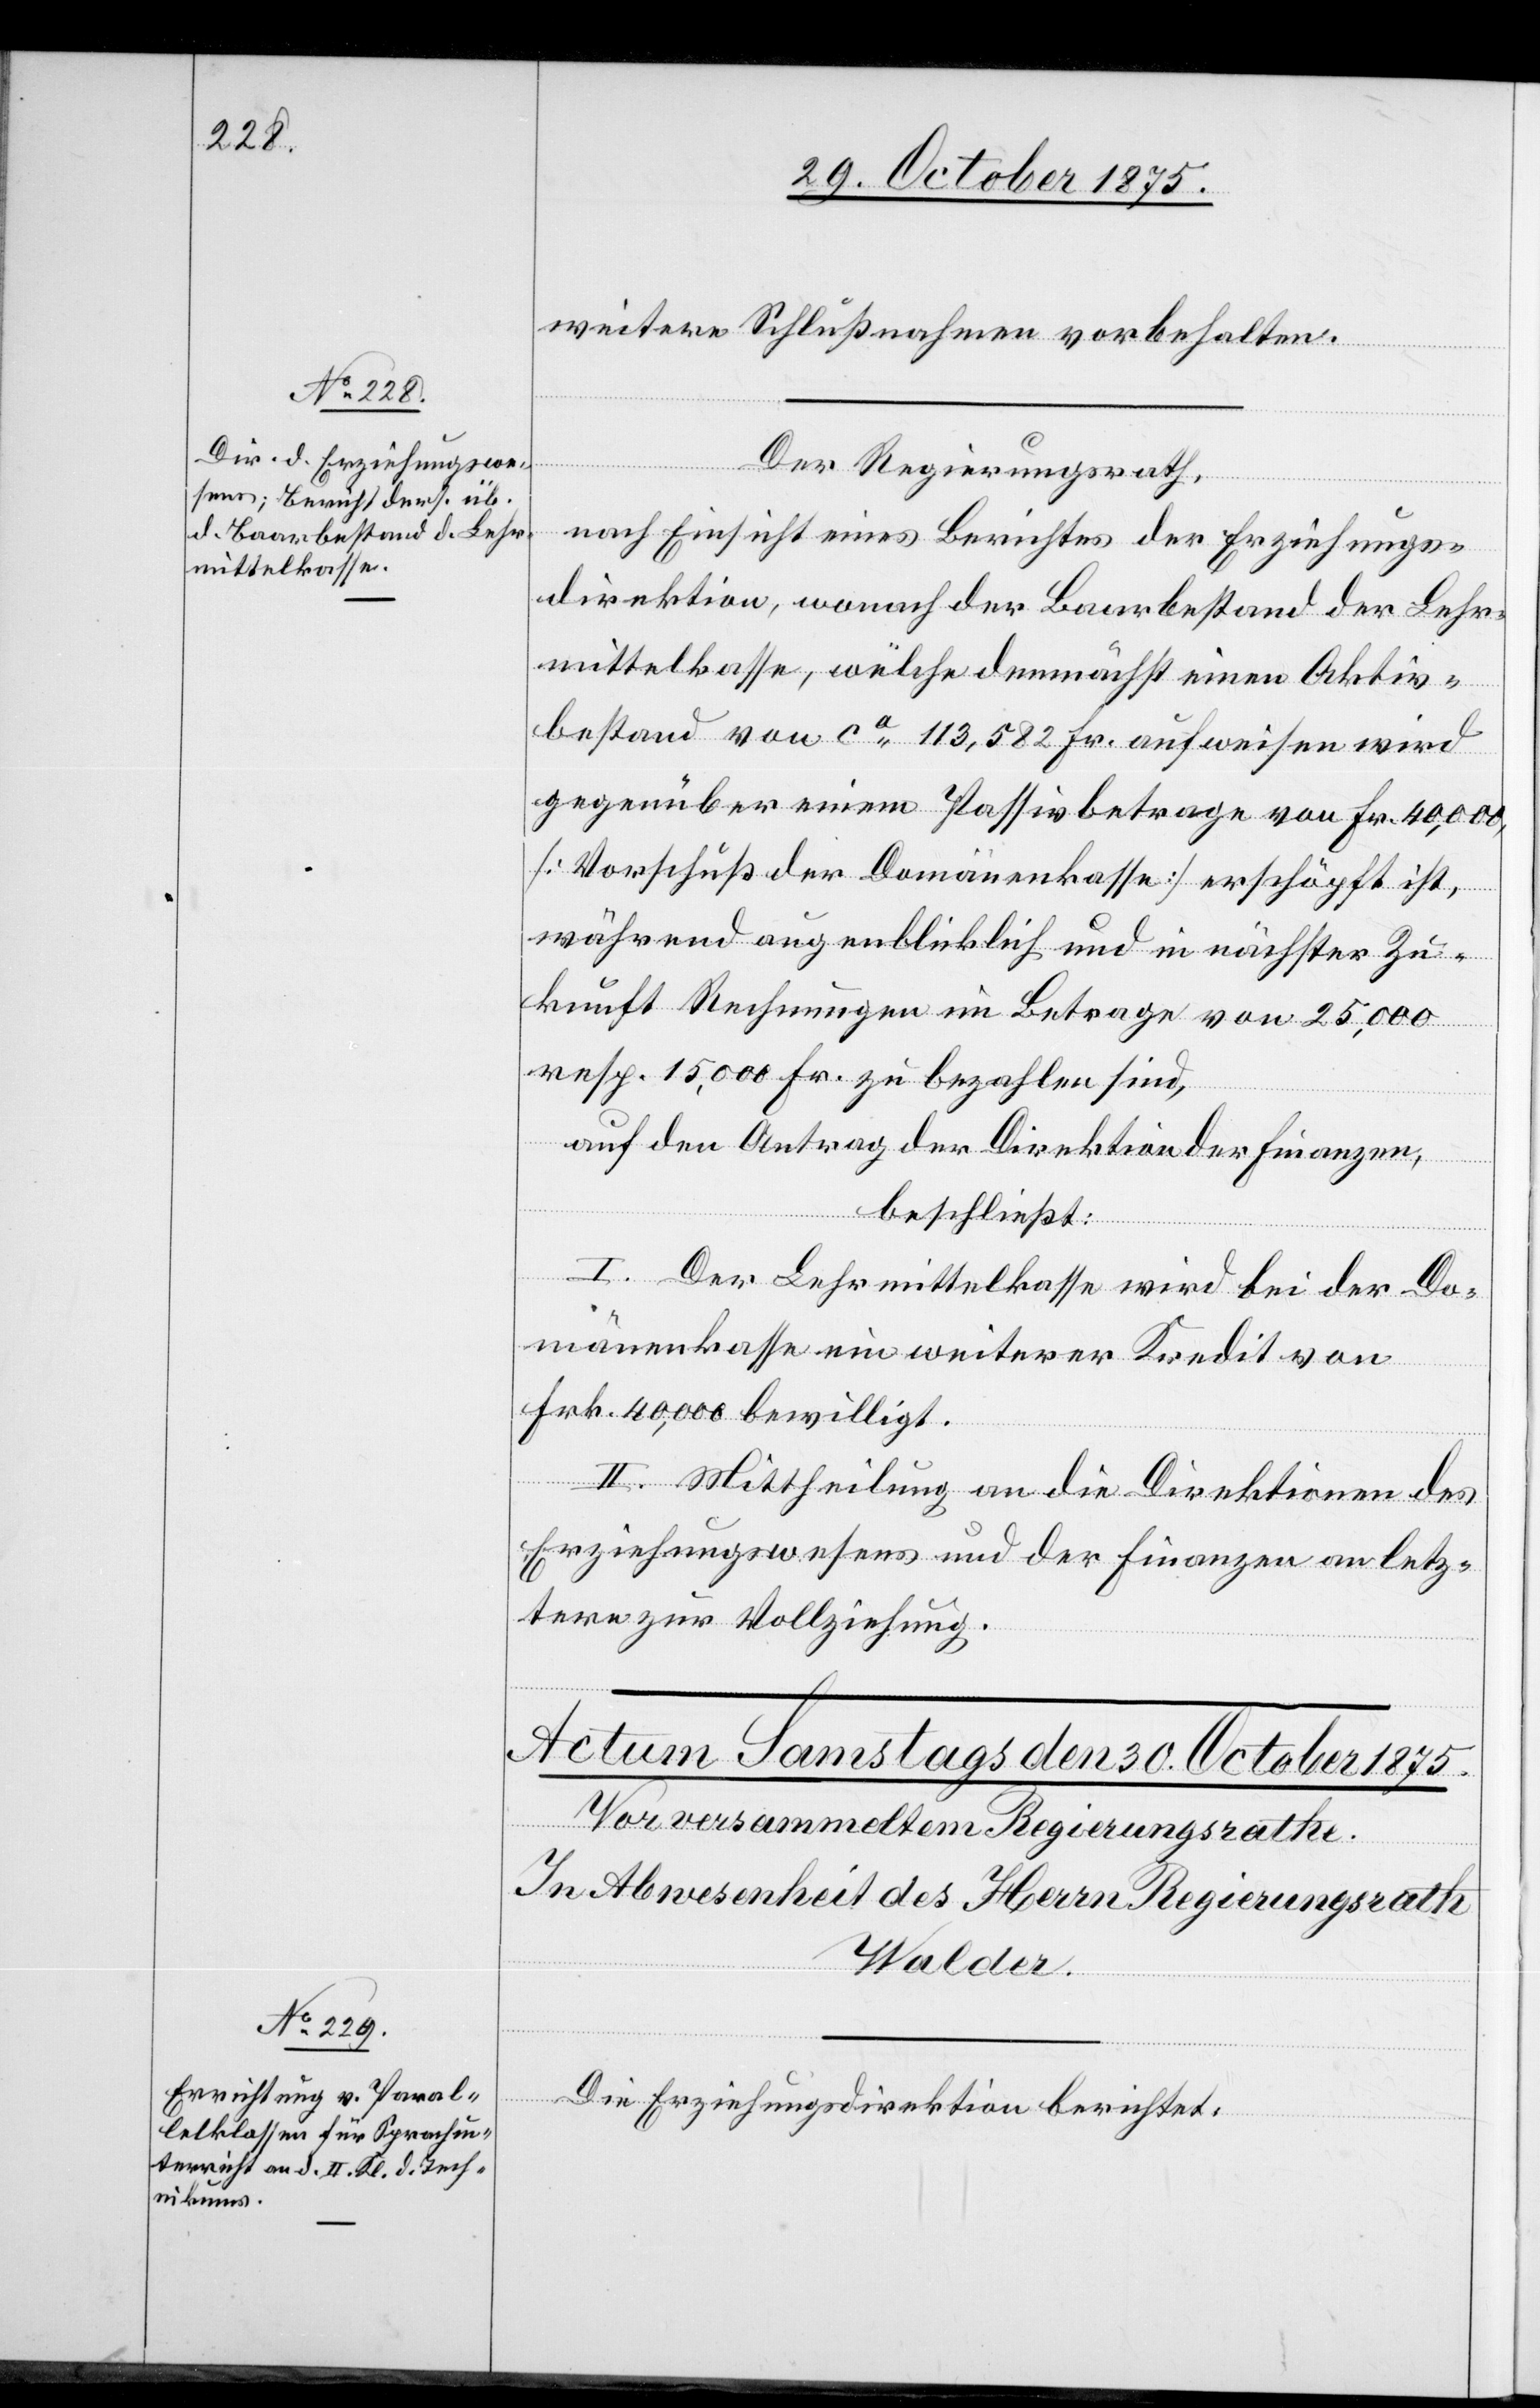
weitere Schlußnahmen vorbehalten.
Der Regierungsrath,
nach Einsicht eines Berichtes der Erziehungs¬
direktion, wonach der Baarbestand der Lehr¬
mittelkasse, welche demnächst einen Aktiv¬
bestand von ca 113,582 Fr. aufweisen wird
gegenüber einem Passivbetrage von Fr. 40,000,
[Vorschuß der Domänenkasse] erschöpft ist,
während augenblicklich und in nächster Zu¬
kunft Rechnungen im Betrage von 25,000
resp. 15,000 Fr. zu bezahlen sind,
auf den Antrag der Direktion der Finanzen,
beschließt:
I. Der Lehrmittelkasse wird bei der Do¬
mänenkasse ein weiterer Kredit von
Frk. 40,000 bewilligt.
II. Mittheilung an die Direktionen des
Erziehungswesens und der Finanzen[,] an letz¬
tere zur Vollziehung.
Die Erziehungsdirektion berichtet: